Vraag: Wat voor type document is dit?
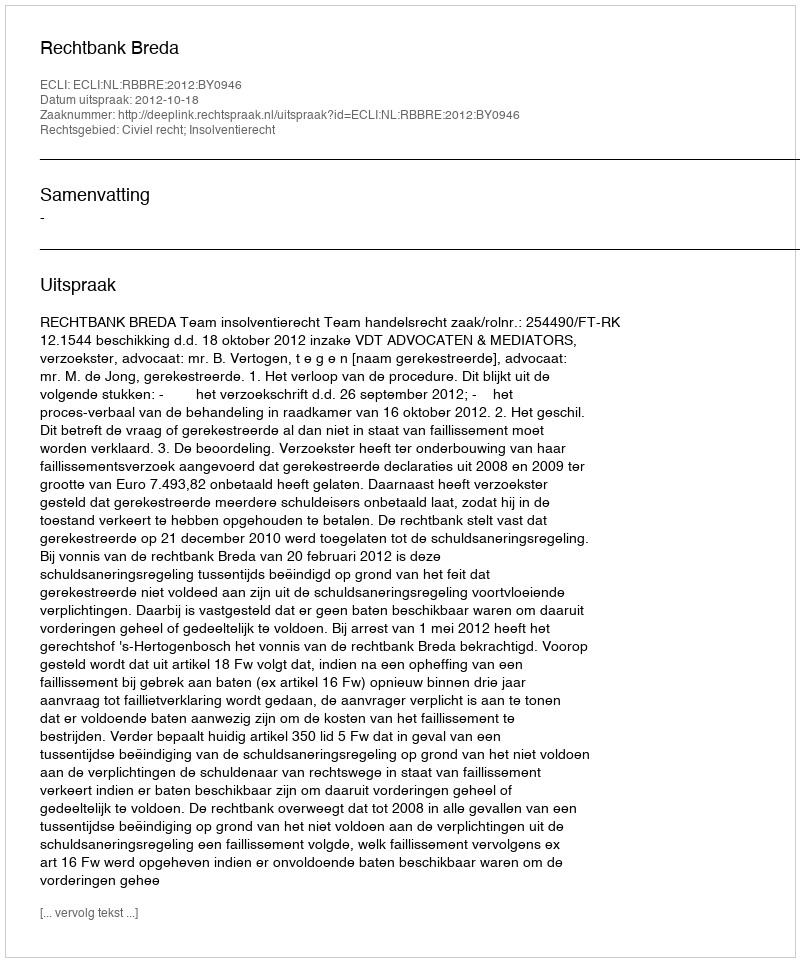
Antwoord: Uitspraak